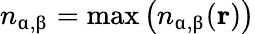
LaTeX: n_{\upalpha,\upbeta}=\mathrm{max}\left(n_{\upalpha,\upbeta}(\textbf{r})\right)